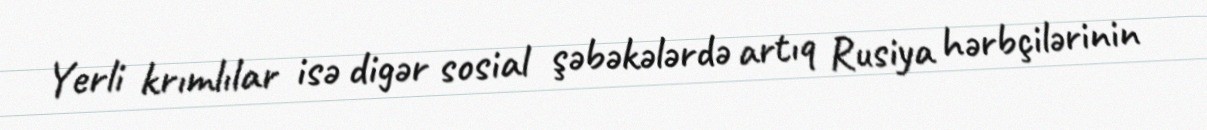
Yerli krımlılar isə digər sosial şəbəkələrdə artıq Rusiya hərbçilərinin